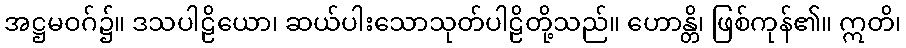
အဋ္ဌမဝဂ်၌။ ဒသပါဠိယော၊ ဆယ်ပါးသောသုတ်ပါဠိတို့သည်။ ဟောန္တိ၊ ဖြစ်ကုန်၏။ ဣတိ၊